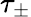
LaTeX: \tau_{\pm}